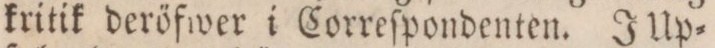
kritik deröfwer i Correſpondenten. J Up=